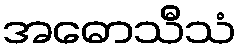
အဓောသီသံ